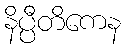
နိပ္ပီတိကေန